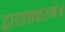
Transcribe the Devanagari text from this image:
द्वादशाक्षरमंत्र